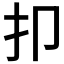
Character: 𰒸